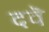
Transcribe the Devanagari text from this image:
दवॆ